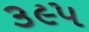
૩૯૫